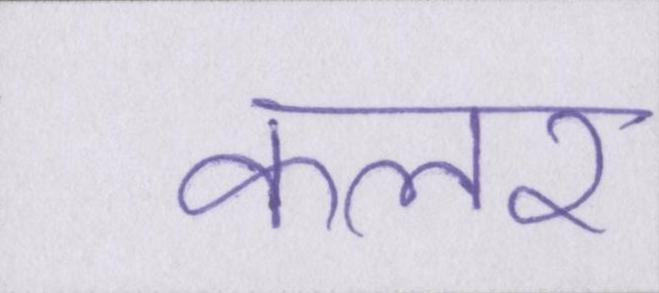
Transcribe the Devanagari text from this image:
कलर